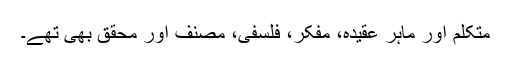
متکلم اور ماہر عقیدہ، مفکر، فلسفی، مصنف اور محقق بھی تھے۔